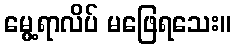
မွေ့ရာလိပ် မဖြေရသေး။